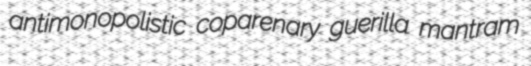
antimonopolistic coparenary guerilla mantram